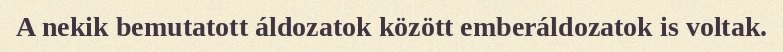
A nekik bemutatott áldozatok között emberáldozatok is voltak.